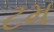
ટમ